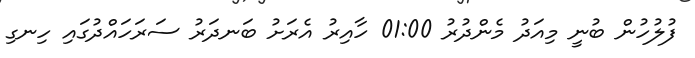
ފުލުހުން ބުނީ މިއަދު މެންދުރު 01:00 ހާއިރު އެރަށު ބަނދަރު ސަރަހައްދުގައި ހިނގި